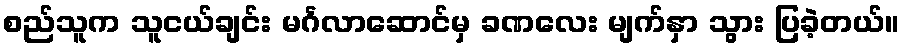
စည်သူက သူငယ်ချင်း မင်္ဂလာဆောင်မှ ခဏလေး မျက်နှာ သွား ပြခဲ့တယ်။